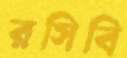
রসিবি